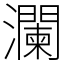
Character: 瀾